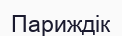
Париждік